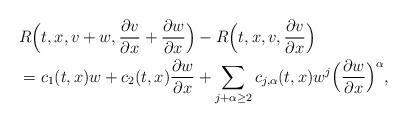
LaTeX: \begin{align*} &R \Bigl(t,x, v+w, \frac{\partial v}{\partial x} + \frac{\partial w}{\partial x} \Bigr) - R \Bigl(t,x, v, \frac{\partial v}{\partial x} \Bigr) \\ &=c_1(t,x)w + c_2(t,x)\frac{\partial w}{\partial x} + \sum_{j+\alpha \geq 2} c_{j,\alpha}(t,x) w^j \Bigl(\frac{\partial w}{\partial x} \Bigr)^{\alpha},\end{align*}